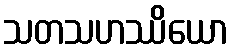
သတသဟဿိယော